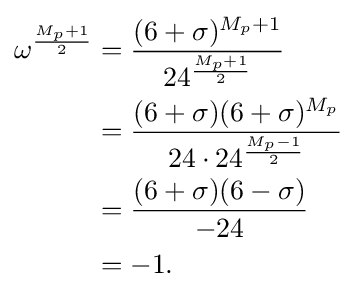
{\begin{aligned}\omega ^{\frac {M_{p}+1}{2}}&={\frac {(6+\sigma )^{M_{p}+1}}{24^{\frac {M_{p}+1}{2}}}}\\&={\frac {(6+\sigma )(6+\sigma )^{M_{p}}}{24\cdot 24^{\frac {M_{p}-1}{2}}}}\\&={\frac {(6+\sigma )(6-\sigma )}{-24}}\\&=-1.\end{aligned}}